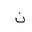
Letter: _non